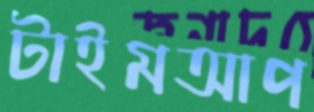
টাইমআপ